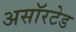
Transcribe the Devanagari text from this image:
असॉरटेड